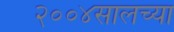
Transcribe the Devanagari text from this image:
२००४सालच्या